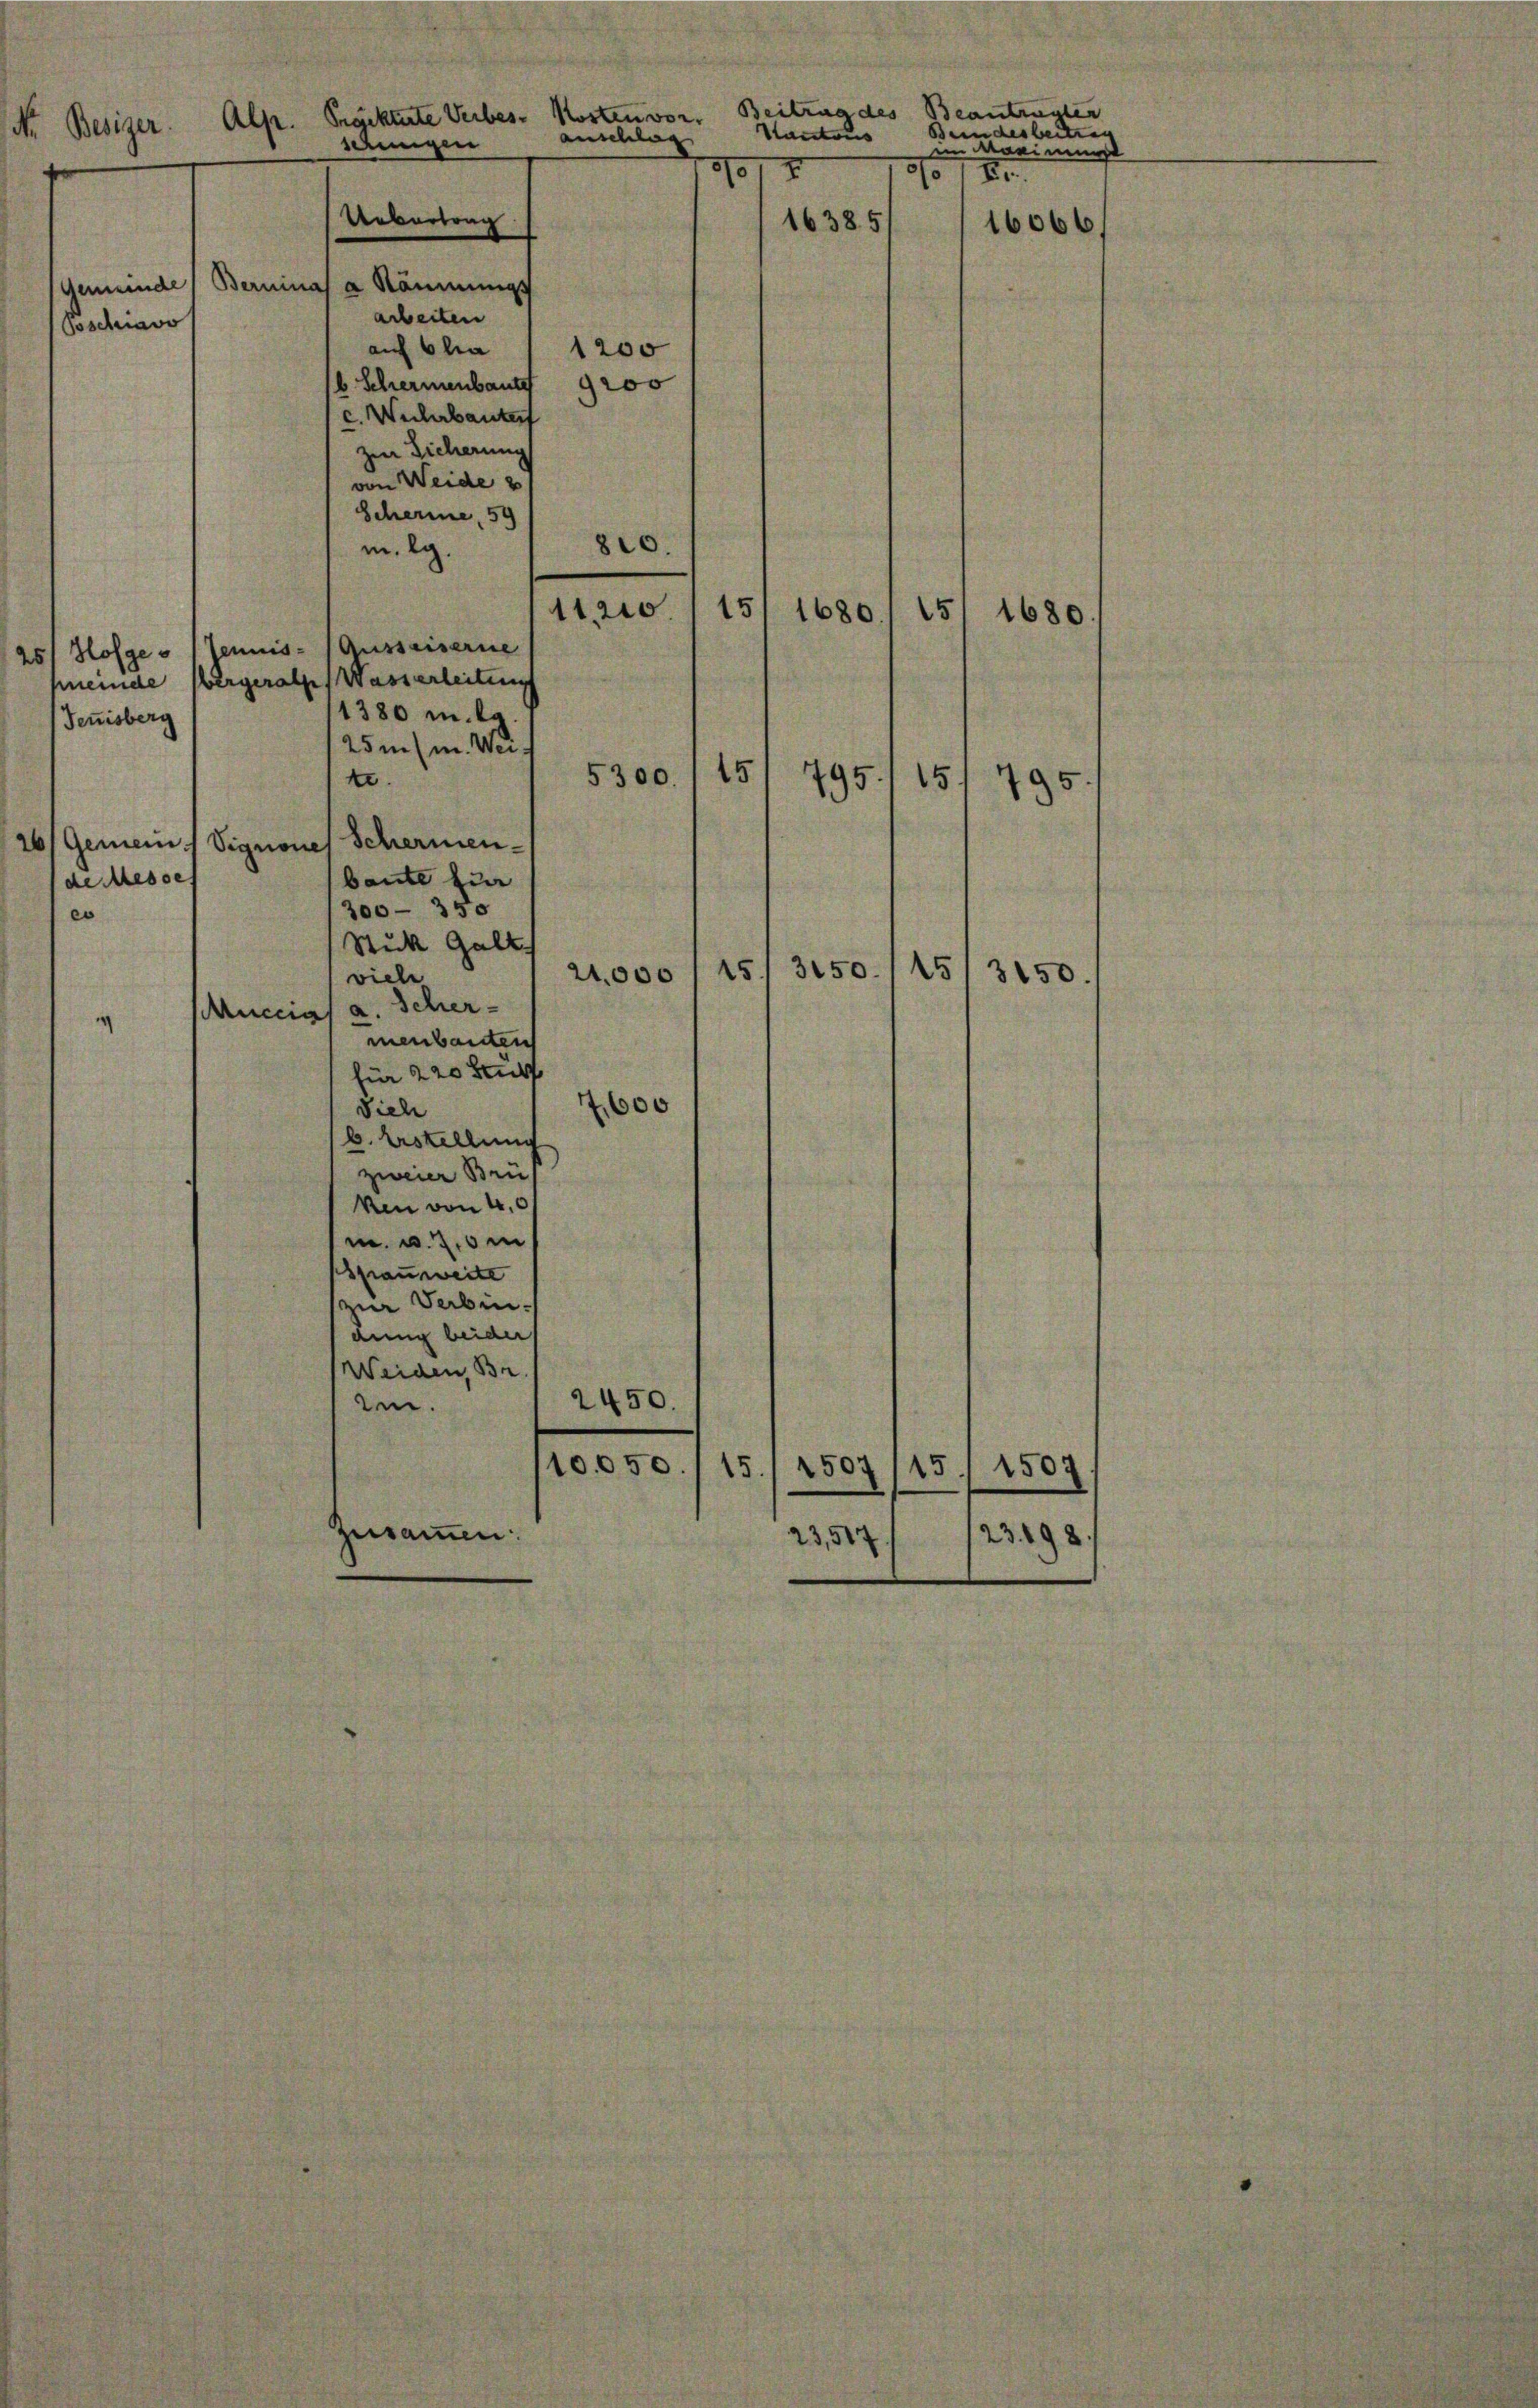
Beitrag des
Kosten vor¬
Prgjektirte Verbes-
Alse
Nr. Besiger.
anschlag
eunigen
57.
Uebertrag
gemeinde Berninas a Räumungs
arbeiten
Poschiavo
auf 6 la
1200
b Schermenbaute
geor
c. Wicherbauter
zur Sicherung
von Weide
Scheine, 59
820.
m. lg.

15
11.20
5
1680
1680
25/ Hofges 1 Jennis- (Ausseiserne
meinde Obergerathes Wasserleitung
1380 m. g.
Jenisberg
25m (m. Wei¬
15
t
5300.
15
195.
195.
26/ Gemein Signones Schermen-
baute zur
300 - 350
es
Stück Gelt
3150. 115
15
3150.
21,000
viele
uccias a. Scher-
menbauten
für 220 Stuf
600
Dieh
b. Erstellung
zweier Bru
ken von 4,0
m. u. 70 i
Spausweite
zur Verbindung beider
Weiden Br
2450.
ten.
10050.
1507
5.
1507
15
zusammen:
23. 198
23,517

de Messe

Vactonis
16385

Beantragter
Beendesbere
im Maximums
1 E.
16066